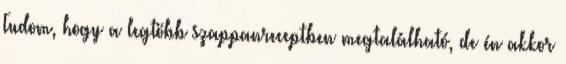
Tudom, hogy a legtöbb szappanreceptben megtalálható, de én akkor